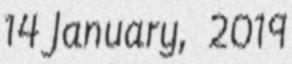
14 January, 2019